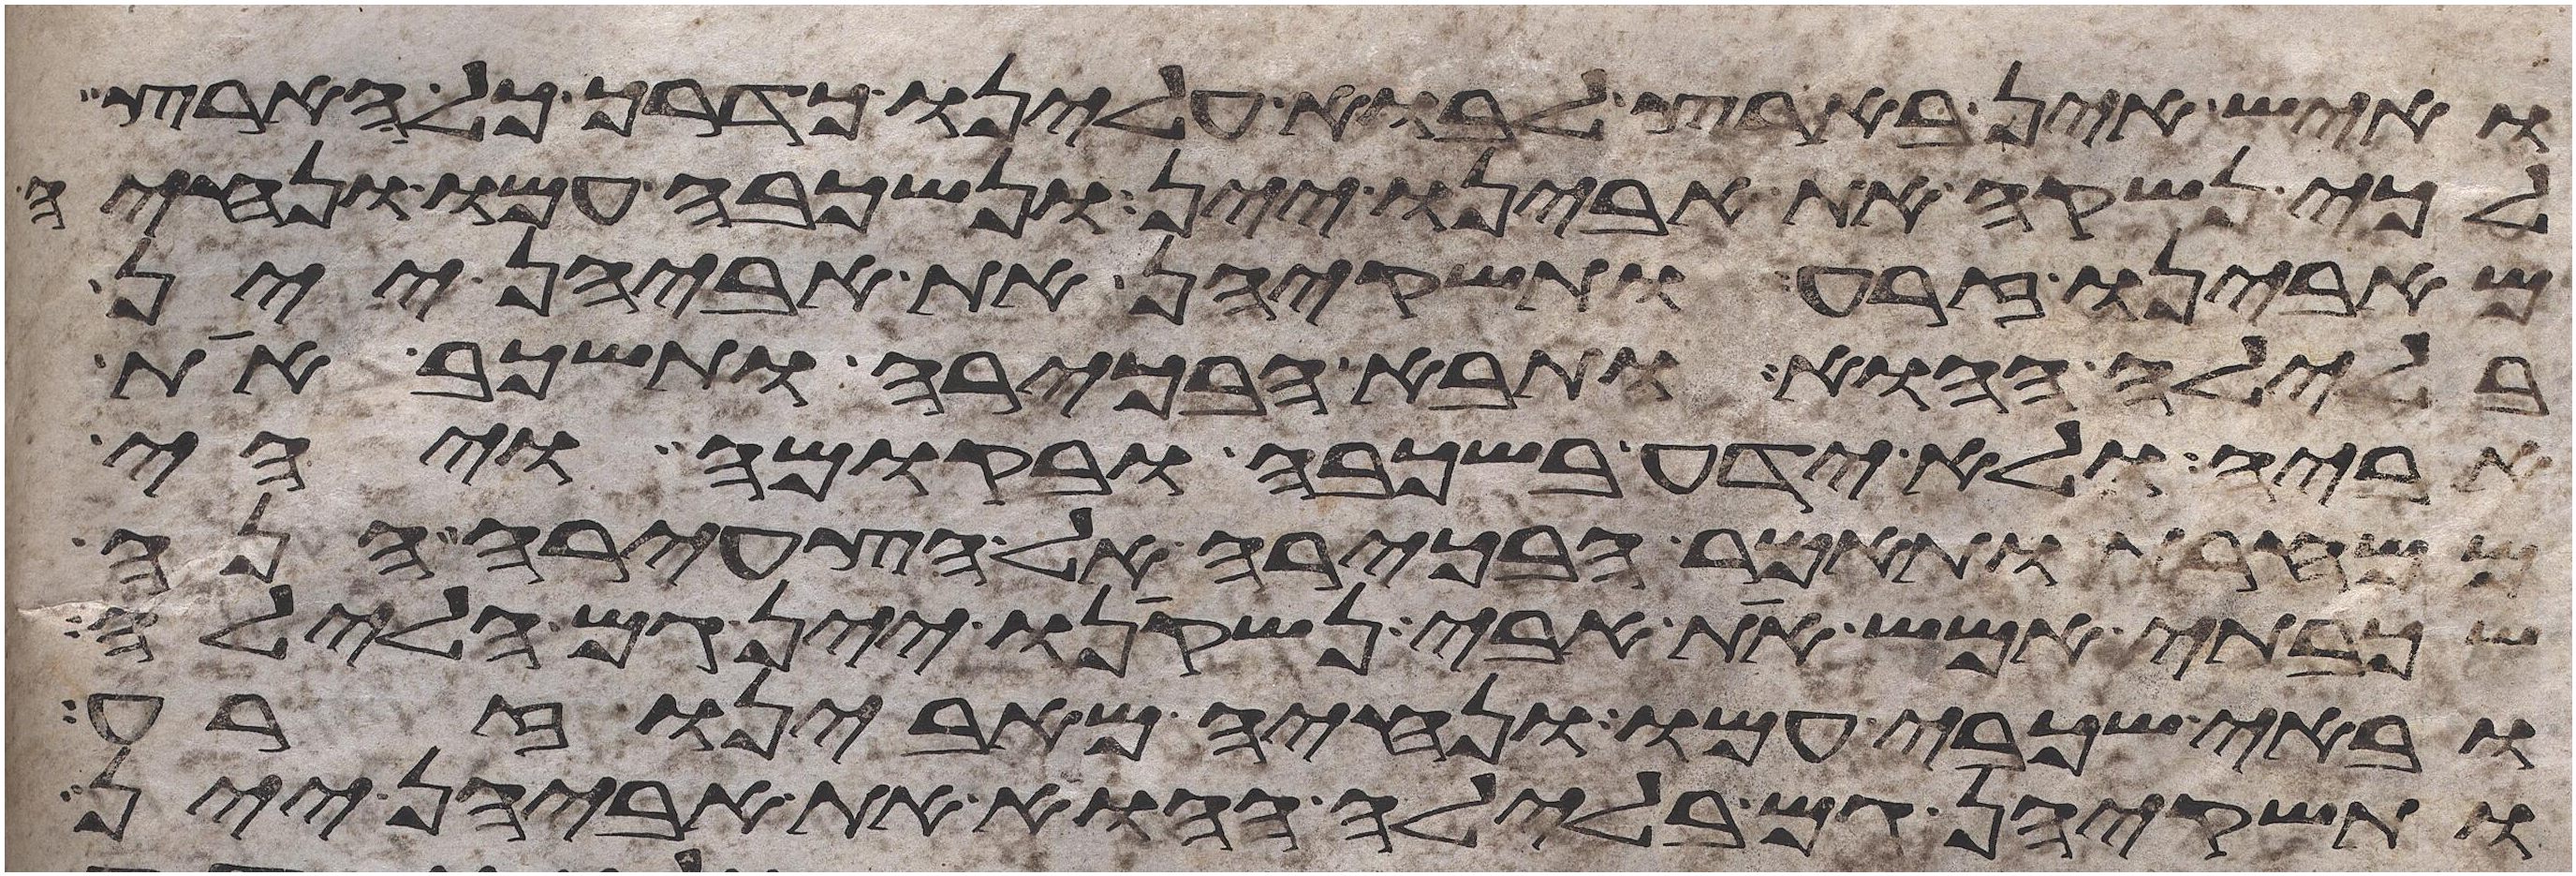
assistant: ואיש אין בארץ לבוא עלינו כדרך כל הארץ
לכי נשקה את אבינו יין ונשכבה עמו ונחיה
מאבינו זרע ותשקיהן את אביהן יין
בלילה ההוא ותבא הבכירה ותשכב את
אביה ולא ידע בשכבה ובקומה ויהי
ממחרת ותאמר הבכירה אל הצעירה הנה
שכבתי אמש את אבי נשקינו יין גם הלילה
ובאי שכבי עמו ונחיה מאבינו זרע
ותשקיהן גם בלילה ההוא את אביהן יין